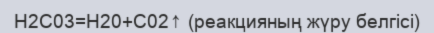
Н2С03=Н20+С02↑ (реакцияның жүру белгісі)